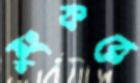
ডুংকরে